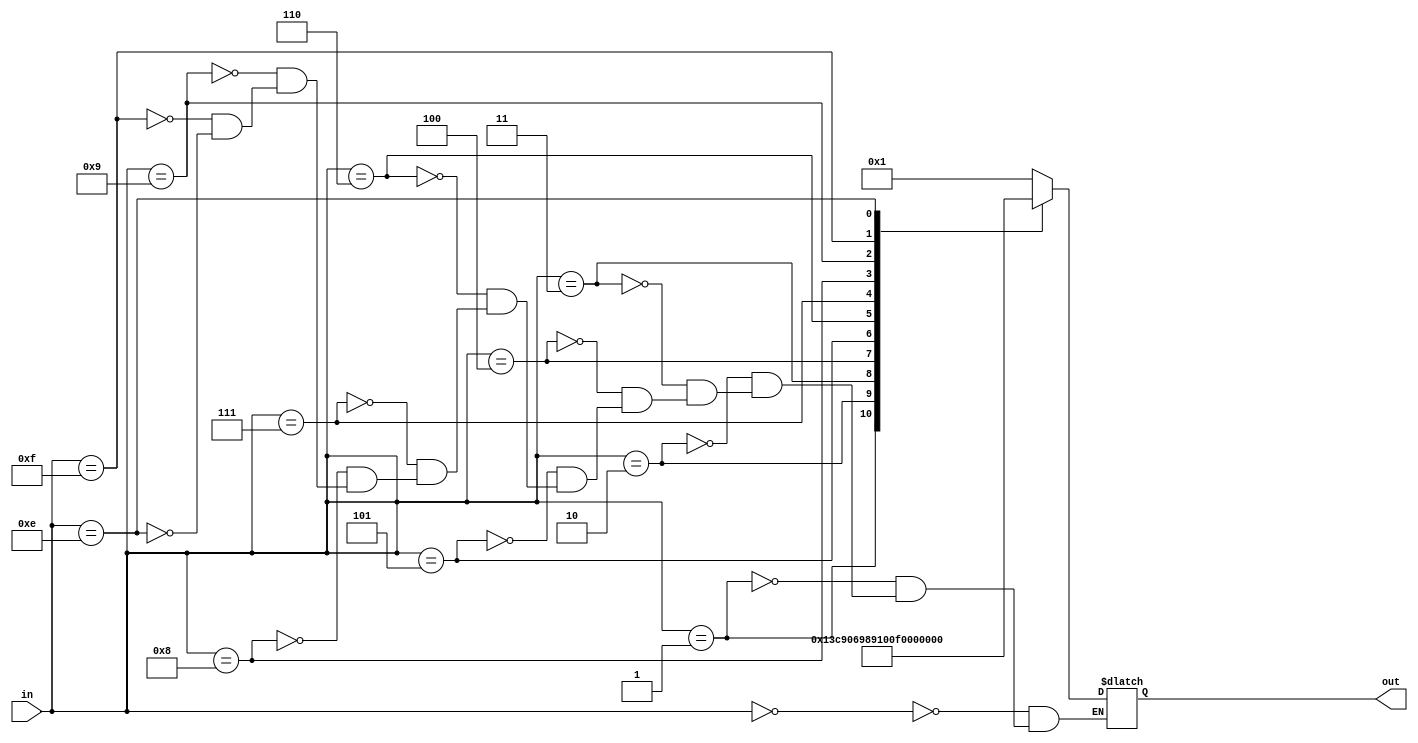
`timescale 1ns / 1ps
//////////////////////////////////////////////////////////////////////////////////
// Company: 
// Engineer: 
// 
// Design Name: 
// Module Name: SSD_ten
// Project Name: 
// Target Devices: 
// Tool Versions: 
// Description: 
// 
// Dependencies: 
// 
// Revision:
// Revision 0.01 - File Created
// Additional Comments:
// 
//////////////////////////////////////////////////////////////////////////////////
//from 1 to 5

module SSD_1(in,out);
input [3:0] in;
output [6:0] out;
reg [6:0] out;
always@(in) begin
case (in)
              4'b0000: out<=7'b0000001;     //0
              4'b0001: out<=7'b1001111;     //1                       
              4'b0010: out<=7'b0010010;    //2                           
              4'b0011: out<=7'b0000110;    // 3                         
              4'b0100: out<=7'b1001100;    //4                           
              4'b0101: out<=7'b0100100;    //5                                                    
              4'b0110: out<=7'b0100000;    //6                          
              4'b0111: out<=7'b0001111;     //7                          
              4'b1000: out<=7'b0000000;     //8                         
              4'b1001: out<=7'b0000100;      //9  
              4'b1111: out<=7'b1111111;  
              4'b1110: out<=7'b1111110;  
endcase
end
endmodule